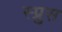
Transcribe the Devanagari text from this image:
स्प्रुस